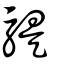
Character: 騠